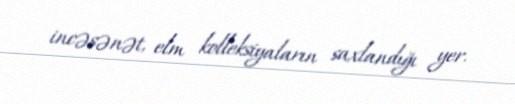
incəsənət, elm kolleksiyaların saxlandığı yer.